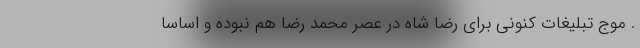
. موج تبلیغات کنونی برای رضا شاه در عصر محمد رضا هم نبوده و اساساً